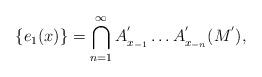
LaTeX: \begin{align*}\{e_{1}(x)\}=\bigcap_{n=1}^{\infty}A_{x_{-1}}^{'}\ldots A_{x_{-n}}^{'}(M^{'}),\end{align*}